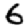
Digit: 6